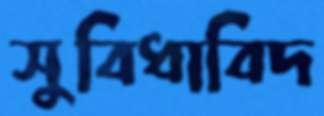
সুবিধাবিদ